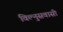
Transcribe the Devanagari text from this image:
विल्नुसवासी